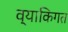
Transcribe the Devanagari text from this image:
व्याकिगत